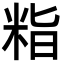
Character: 𮇖